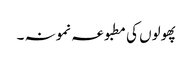
پھولوں کی مطبوعہ نمونہ ۔